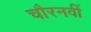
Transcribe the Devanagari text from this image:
चौरनवीं